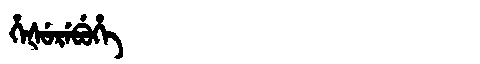
Manchu: ᡥᡝᡧᡠᡵᡝᠪᡠᡥᡝ
Romanization: HEŠUREBUHE